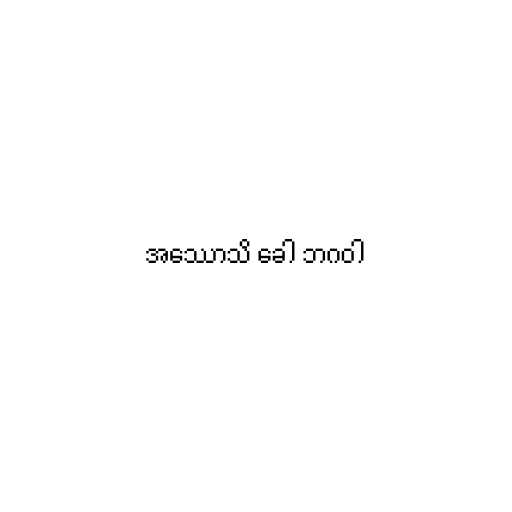
အဿောသိ ခေါ ဘဂဝါ